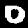
Label: 0